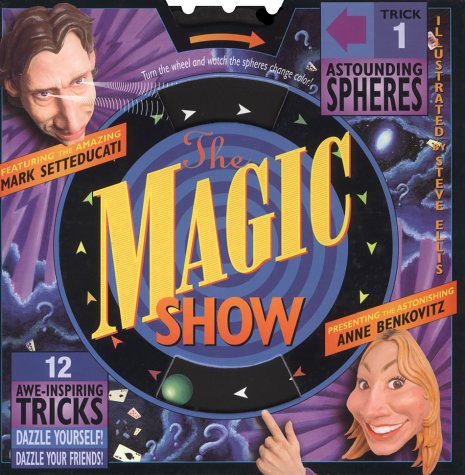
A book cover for The Magic Show; Anne Benkovitz; Humor & Entertainment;